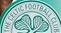
THE CELTIC FOOTBAIL CLUB